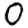
Digit: 0